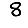
Digit: 8